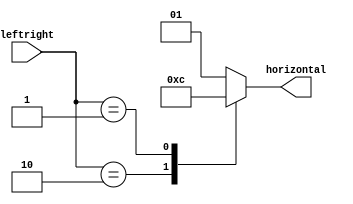
module motion (leftright, horizontal);

	input [1:0]leftright; //1 is inc. and 0 is dec.
	output reg[1:0]horizontal;
	
	always@(*)begin
	case(leftright)
	2'b10:
		horizontal = 2'b11; //increment
	2'b01:
		horizontal = 2'b00; //decrement in coordinate
	default:
		horizontal = 2'b01; //still
	endcase
	end
endmodule